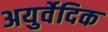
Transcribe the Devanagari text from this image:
अयुर्वेदिक